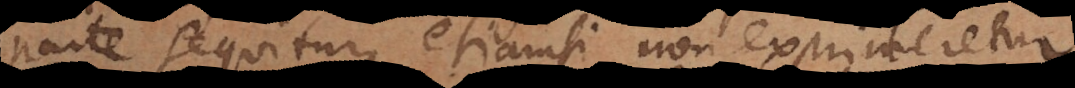
parte sequitur, etiamsi non exprimeretu